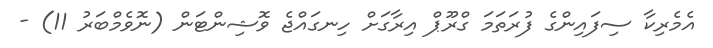
އެމެރިކާ ސިފައިންގެ ފުރަތަމަ ގްރޫޕް އިރާގަށް ހިނގައްޖެ ވޮޝިންޓަން (ނޮވެމްބަރު 11) -